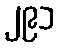
၂၉၁